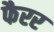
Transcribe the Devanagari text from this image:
फैरर